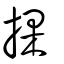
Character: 捰